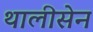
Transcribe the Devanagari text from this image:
थालीसेन